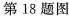
第18题图